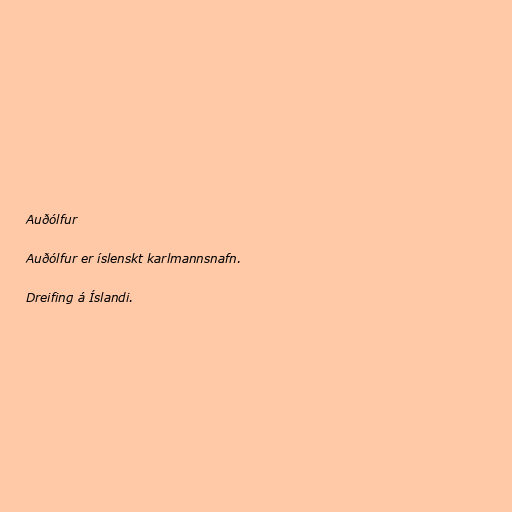
Auðólfur

Auðólfur er íslenskt karlmannsnafn.

Dreifing á Íslandi.